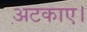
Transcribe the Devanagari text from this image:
अटकाए।